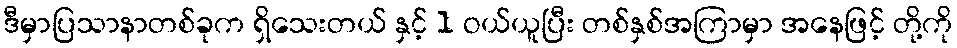
ဒီမှာပြသာနာတစ်ခုက ရှိသေးတယ် နှင့် 1 ဝယ်ယူပြီး တစ်နှစ်အကြာမှာ အနေဖြင့် တို့ကို